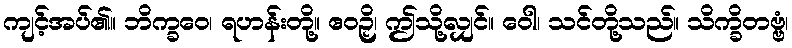
ကျင့်အပ်၏။ ဘိက္ခဝေ၊ ရဟန်းတို့။ ဧဝဉှိ၊ ဤသို့လျှင်။ ဝေါ၊ သင်တို့သည်။ သိက္ခိတဗ္ဗံ၊